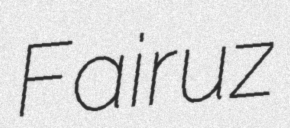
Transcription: Fairuz